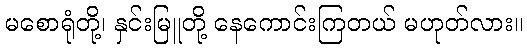
မစောရုံတို့၊ နှင်းမြူတို့ နေကောင်းကြတယ် မဟုတ်လား။